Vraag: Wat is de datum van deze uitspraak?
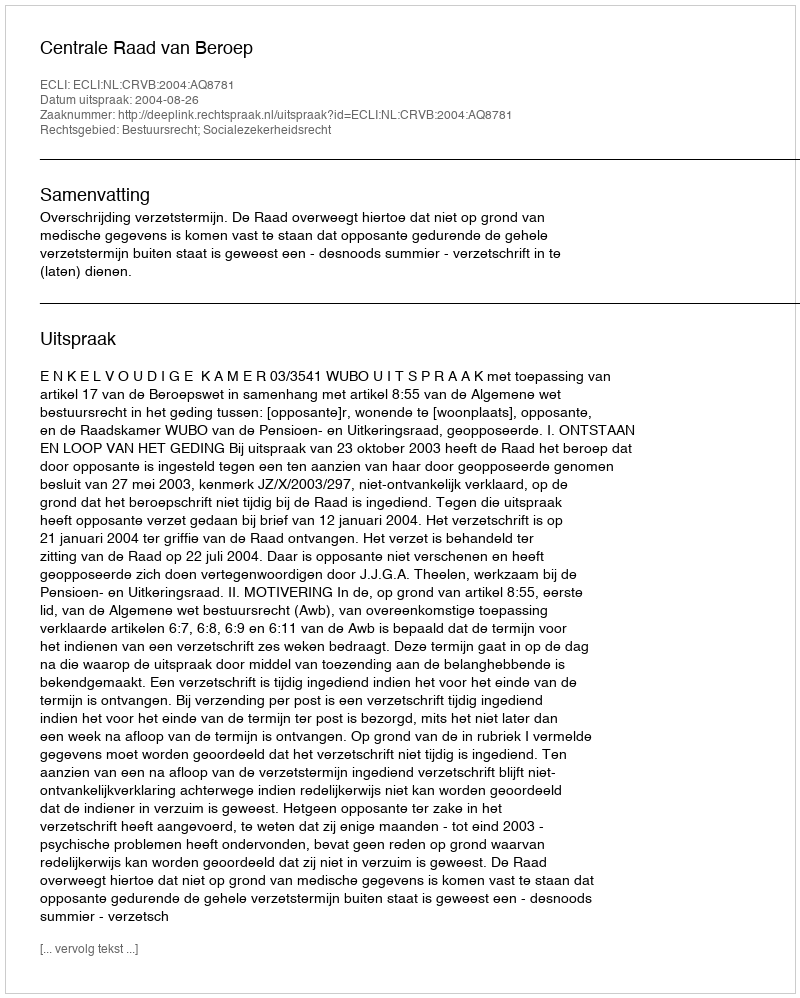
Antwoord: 2004-08-26